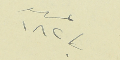
صدر بـ ١٨٢